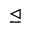
\trianglelefteq